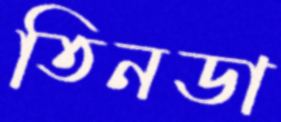
তিনডা